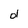
Character: d